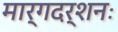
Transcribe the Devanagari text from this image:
मार्गदर्शनः